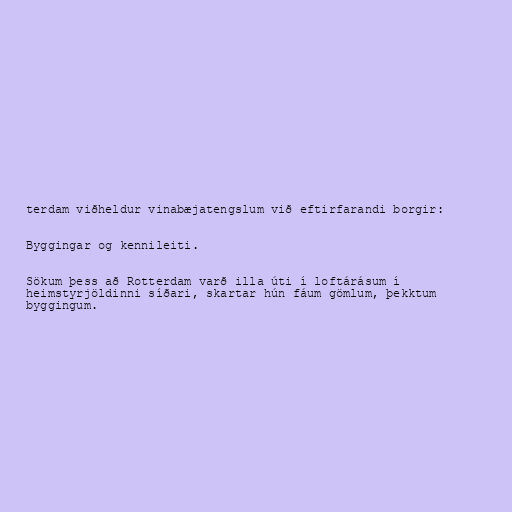
terdam viðheldur vinabæjatengslum við eftirfarandi borgir:

Byggingar og kennileiti.

Sökum þess að Rotterdam varð illa úti í loftárásum í
heimstyrjöldinni síðari, skartar hún fáum gömlum, þekktum
byggingum.